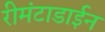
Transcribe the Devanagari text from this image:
रीमंटाडाईन